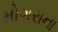
મોગરાના